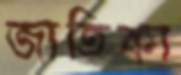
জাতিকা